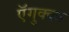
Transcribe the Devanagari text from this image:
ऍगुक्का